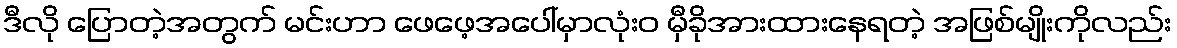
ဒီလို ပြောတဲ့အတွက် မင်းဟာ ဖေဖေ့အပေါ်မှာလုံးဝ မှီခိုအားထားနေရတဲ့ အဖြစ်မျိုးကိုလည်း